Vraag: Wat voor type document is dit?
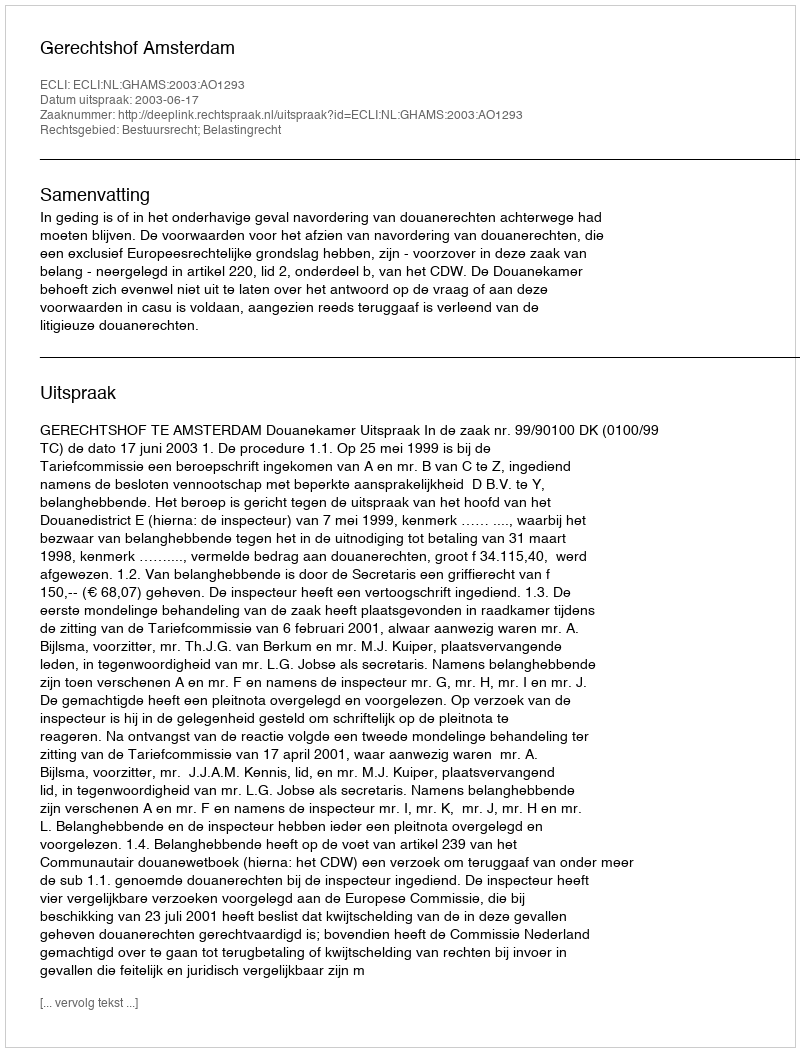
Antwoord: Uitspraak